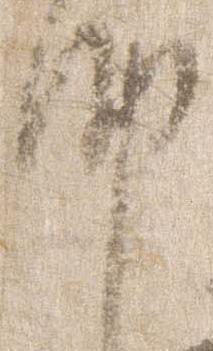
納